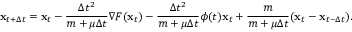
{ \bf x } _ { t + \Delta t } = { \bf x } _ { t } - \frac { \Delta t ^ { 2 } } { m + \mu \Delta t } \nabla F ( { \bf x } _ { t } ) - \frac { \Delta t ^ { 2 } } { m + \mu \Delta t } \phi ( t ) { \bf x } _ { t } + \frac { m } { m + \mu \Delta t } ( { \bf x } _ { t } - { \bf x } _ { t - \Delta t } ) .